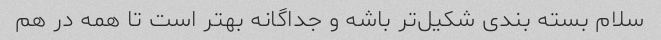
سلام بسته بندی شکیل‌تر باشه و جداگانه بهتر است تا همه در هم